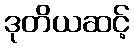
ဒုတိယဆင့်